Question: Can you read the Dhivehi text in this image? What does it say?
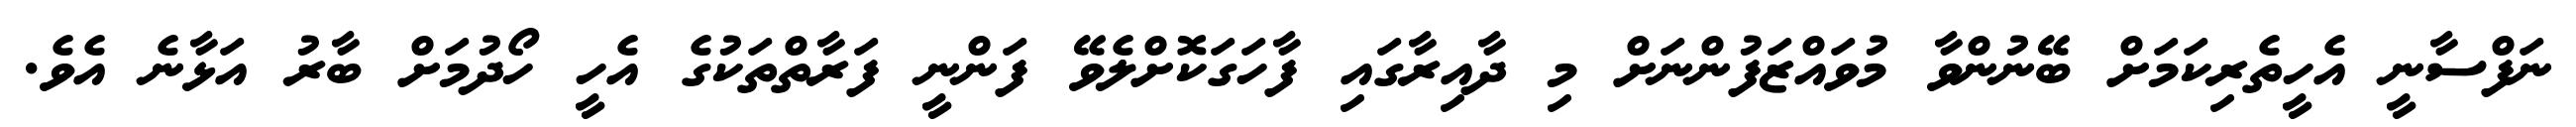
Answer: ނަފްސާނީ އެހީތެރިކަމަށް ބޭނުންވާ މުވައްޒަފުންނަށް މި ދާއިރާގައި ފާހަގަކޮށްލެވޭ ފަންނީ ފަރާތްތަކުގެ އެހީ ހޯދުމަށް ބާރު އަޅާނެ އެވެ.